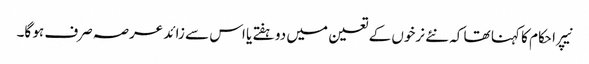
نیپرا حکام کا کہنا تھا کہ نئے نرخوں کے تعین میں دو ہفتے یا اس سے زائد عرصہ صرف ہو گا۔